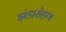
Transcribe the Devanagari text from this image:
झंडारोहण